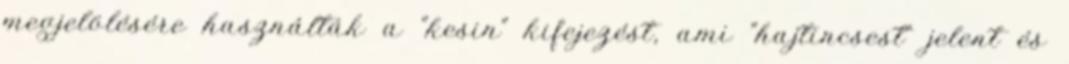
megjelölésére használták a "kesin" kifejezést, ami "hajtincsest" jelent és